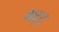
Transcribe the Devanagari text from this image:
भट्ट्